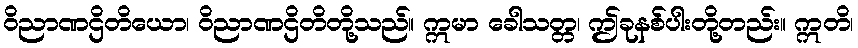
ဝိညာဏဌိတိယော၊ ဝိညာဏဌိတိတို့သည်။ ဣမာ ခေါသတ္တ၊ ဤခုနစ်ပါးတို့တည်း။ ဣတိ၊